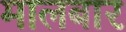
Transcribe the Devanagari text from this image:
मालबार